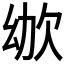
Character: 𣢜